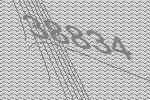
38834